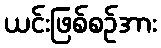
ယင်းဖြစ်စဉ်အား